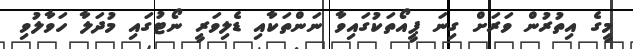
މީގެ އިތުރުން ވަރަށް ގިނަ ޕީއޯތަކުގައިވާ ނަންތަކާއި ޑެލިވަރީ ނޯޓުގައި މުދަލާ ހަވާލުވި